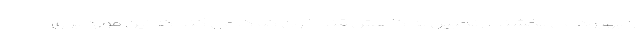
را بهبود می بخشند. زنجبیل به کاهش قند خون کمک می کند که این مورد برای